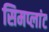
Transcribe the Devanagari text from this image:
सिमप्लांट